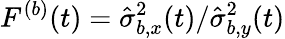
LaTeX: F^{(b)}(t)={\hat{\sigma}_{b,x}^{2}(t)}/{\hat{\sigma}_{b,y}^{2}(t)}